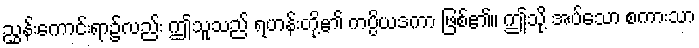
ညွှန်းကောင်းရာ၌လည်း ဤသူသည် ရဟန်းတို့၏ ကပ္ပိယဒကာ ဖြစ်၏။ ဤသို့ အပ်သော စကားသာ